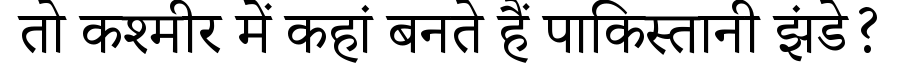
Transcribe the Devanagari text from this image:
तो कश्मीर में कहां बनते हैं पाकिस्तानी झंडे?